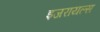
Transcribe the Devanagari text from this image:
इजरायल्स